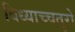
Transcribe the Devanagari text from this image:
विध्याच्चतुरो